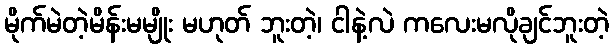
မိုက်မဲတဲ့မိန်းမမျိုး မဟုတ် ဘူးတဲ့၊ ငါနဲ့လဲ ကလေးမလိုချင်ဘူးတဲ့